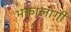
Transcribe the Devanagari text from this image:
भक्तांलागी